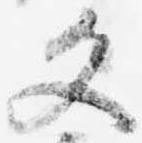
文